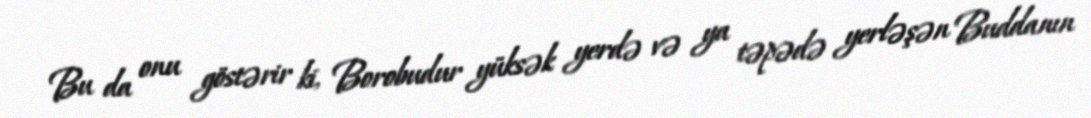
Bu da onu göstərir ki, Borobudur yüksək yerdə və ya təpədə yerləşən Buddanın